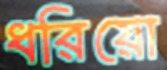
ধরিয়ো